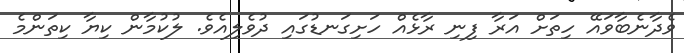
ވެދާނެބާވައޭ ހިތަށް އަރާ ފިނި ރާޅެއް ހަށިގަނޑުގައި ދުވެލިއެވެ. ލުކުމާން ކިޔާ ކިތަންމެ